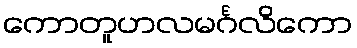
ကောတူဟလမင်္ဂလိကော